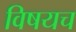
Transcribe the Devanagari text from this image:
विषयच